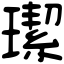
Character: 𤩦